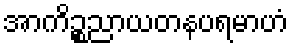
အာကိဉ္စညာယတနပရမာဟံ